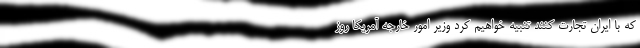
که با ایران تجارت کنند تنبیه خواهیم کرد وزیر امور خارجه آمریکا روز